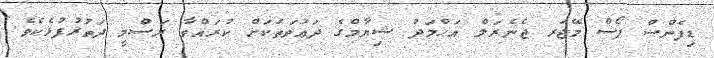
ޑިފެންސް ފޯސް މޭޖަރ ޖެެނެރަލް އަޙްމަދު ޝިޔާމްގެ ދަޢުވަތަކަށް ކުރައްވާ ރަސްމީ ދަތުރުފުޅެކެވެ.